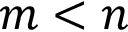
m < n